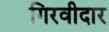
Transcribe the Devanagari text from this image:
गिरवीदार